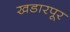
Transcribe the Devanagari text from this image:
खडारपूर